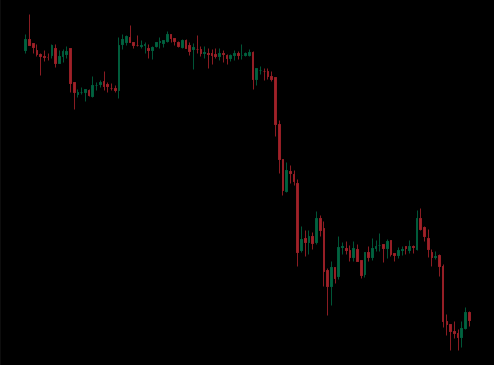
Pattern: unclassified